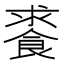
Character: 𩛰